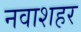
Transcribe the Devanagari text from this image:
नवाशहर